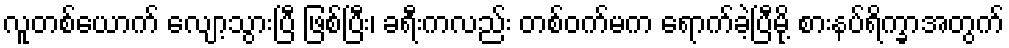
လူတစ်ယောက် လျော့သွားပြီ ဖြစ်ပြီး၊ ခရီးကလည်း တစ်ဝက်မက ရောက်ခဲ့ပြီမို့ စားနပ်ရိက္ခာအတွက်